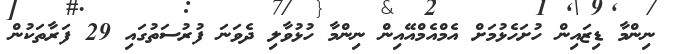
ނިންމާ ޑިޒައިން ހުށަހެޅުމަށް އެމްއެމްއޭއިން ނިންމާ ހުޅުވާލި ދެވަނަ ފުރުސަތުގައި 29 ފަރާތަކުން